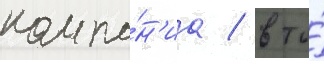
компа́н'иа / в то́